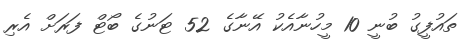
ތައުފީގު ބުނީ 10 މީހުނާއެކު އޭނާގެ 52 ޓަނުގެ ބޯޓް ފަރަށް އެރި